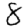
Digit: 8